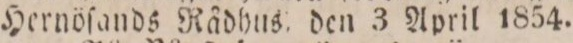
Hernöſands Rådhus den 3 April 1854.